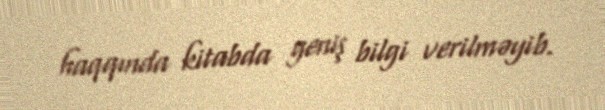
haqqında kitabda geniş bilgi verilməyib.